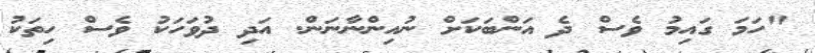
"ހަމަ ގައިމު ވެސް ދެ އަންބަކަށް ނުއިންނާނަން. އަދި ދުވަހަކު ވެސް ހިތަކު